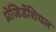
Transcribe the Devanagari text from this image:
प्रेजिडेंशियल